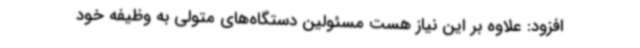
افزود: علاوه بر این نیاز هست مسئولین دستگاه‌های متولی به وظیفه خود